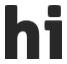
hi